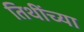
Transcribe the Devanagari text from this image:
तिथींच्या